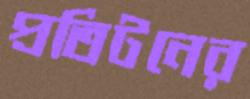
প্রতিটনের